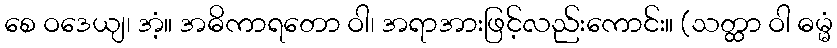
စေ ဝဒေယျ၊ အံ့။ အဓိကာရတော ဝါ၊ အရာအားဖြင့်လည်းကောင်း။ (သတ္ထာ ဝါ ဓမ္မံ